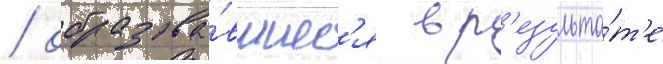
/ образова́вшиес'я в р'езульта́т'е